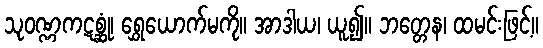
သုဝဏ္ဏကဋစ္ဆုံ၊ ရွှေယောက်မကို။ အာဒါယ၊ ယူ၍။ ဘတ္တေန၊ ထမင်းဖြင့်။